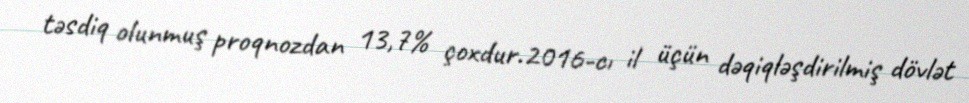
təsdiq olunmuş proqnozdan 13,7% çoxdur.2016-cı il üçün dəqiqləşdirilmiş dövlət